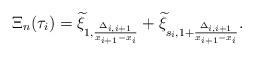
LaTeX: \begin{align*}\Xi_n(\tau_i)=\widetilde{\xi}_{1,\frac{\Delta_{i,i+1}}{x_{i+1}-x_i}}+\widetilde{\xi}_{s_i,1+\frac{\Delta_{i,i+1}}{x_{i+1}-x_i}}.\end{align*}